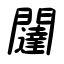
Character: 闥